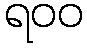
ရ၀၀